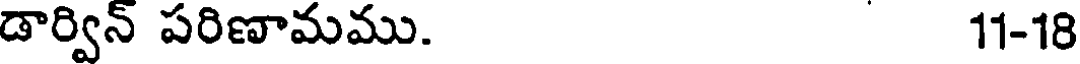
డార్విన్ పరిణామము. 11-18